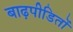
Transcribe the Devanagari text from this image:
बाढ़पीडितों